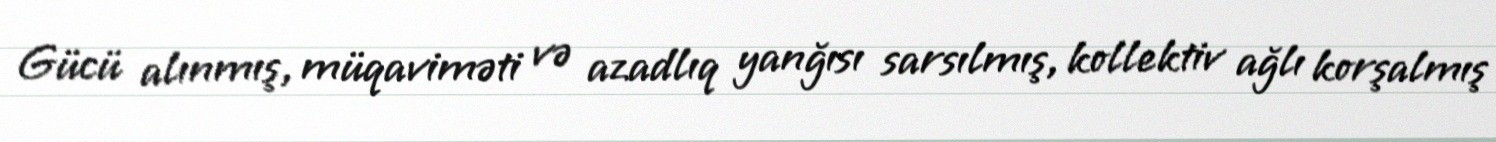
Gücü alınmış, müqaviməti və azadlıq yanğısı sarsılmış, kollektiv ağlı korşalmış